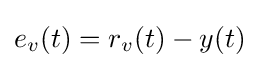
e_{v}(t)=r_{v}(t)-y(t)